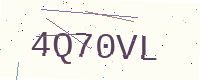
Text: 4Q70VL